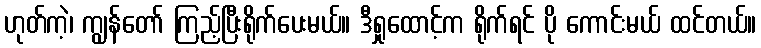
ဟုတ်ကဲ့၊ ကျွန်တော် ကြည့်ပြီးရိုက်ပေးမယ်။ ဒီရှုထောင့်က ရိုက်ရင် ပို ကောင်းမယ် ထင်တယ်။